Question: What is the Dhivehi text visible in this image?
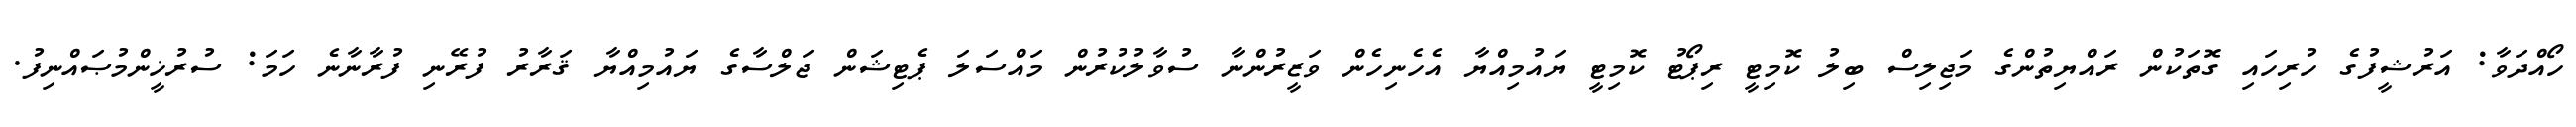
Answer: ހޯއްދަވާ: އަރުޝީފުގެ ހުރިހައި ގޮތަކުން ރައްޔިތުންގެ މަޖިލިސް ބިލު ކޮމިޓީ ރިޕޯޓު ކޮމިޓީ ޔައުމިއްޔާ އެހެނިހެން ވަޒީރުންނާ ސުވާލުކުރުން މައްސަލަ ޕެޓިޝަން ޖަލްސާގެ ޔައުމިއްޔާ ޤަރާރު ފުރޭނި ފުރާނާނެ ހަމަ: ސުރުޚީންމުޞައްނިފު.